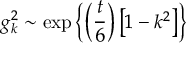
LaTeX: g _ { k } ^ { 2 } \sim \mathrm { e x p } \left\{ \left( \frac t 6 \right) \left[ 1 - k ^ { 2 } \right] \right\}